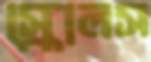
স্কোলস